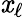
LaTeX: \mathit{x}_{\ell}